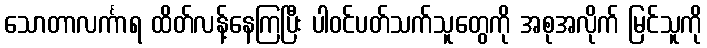
သောတာလင်္ကာရ ထိတ်လန့်နေကြပြီး ပါဝင်ပတ်သက်သူတွေကို အစုအလိုက် မြင်သူကို